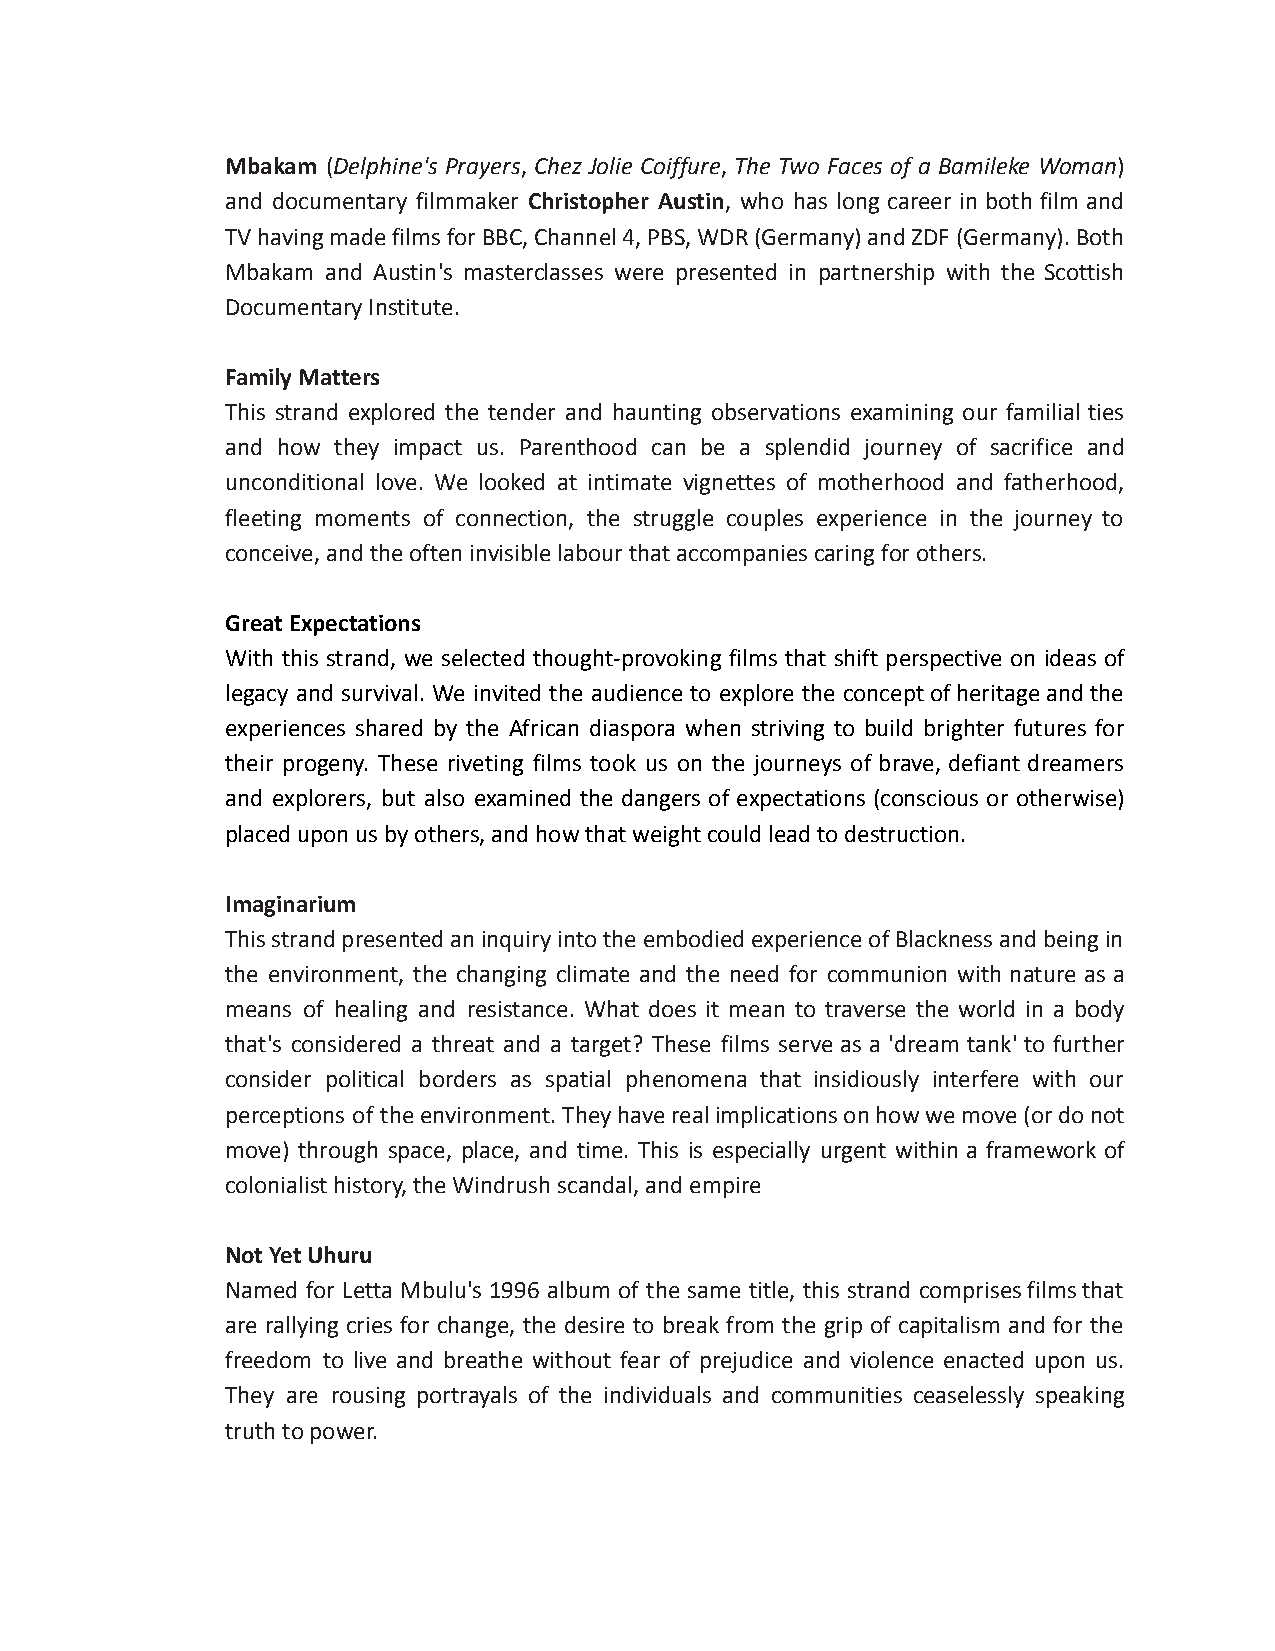
Mbakam (Delphine's Prayers, Chez Jolie Coiffure, The Two Faces of a Bamileke Woman)
 and documentary filmmaker Christopher Austin, who has long career in both film and
 TVhavingmadefilmsforBBC,Channel4,PBS,WDR(Germany)andZDF(Germany).Both
 Mbakam and Austin's masterclasses were presented in partnership with the Scottish
 Documentary Institute.
 Family Matters
 This strand explored the tender and haunting observations examining our familial ties
 and how they impact us. Parenthood can be a splendid journey of sacrifice and
 unconditional love. We looked at intimate vignettes of motherhood and fatherhood,
 fleeting moments of connection, the struggle couples experience in the journey to
 conceive, and the often invisible labour that accompanies caring for others.
 Great Expectations
 With this strand, we selected thought-provoking films that shift perspective on ideas of
 legacy and survival. We invited the audience to explore the conceptofheritageandthe
 experiences shared by the African diaspora when striving to build brighter futures for
 their progeny. These riveting films took us on the journeys of brave, defiant dreamers
 and explorers, but also examined the dangers of expectations (conscious or otherwise)
 placed upon us by others, and how that weight could lead to destruction.
 Imaginarium
 ThisstrandpresentedaninquiryintotheembodiedexperienceofBlacknessandbeingin
 the environment, the changing climate and the need for communion with nature as a
 means of healing and resistance. What does it mean to traverse the world in a body
 that's considered a threat and a target? These films serve as a 'dream tank' to further
 consider political borders as spatial phenomena that insidiously interfere with our
 perceptions of theenvironment.Theyhaverealimplicationsonhowwemove(ordonot
 move) through space, place, and time. This is especially urgent within a framework of
 colonialist history, the Windrush scandal, and empire
 Not Yet Uhuru
 Named for Letta Mbulu's 1996 album of the same title, this strand comprisesfilmsthat
 are rallying cries for change, the desire to break from the grip of capitalism and for the
 freedom to live and breathe without fear of prejudice and violence enacted upon us.
 They are rousing portrayals of the individuals and communities ceaselessly speaking
 truth to power.